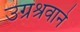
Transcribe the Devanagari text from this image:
उग्रश्रवाने